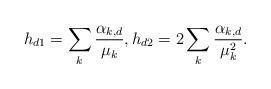
LaTeX: \begin{align*} h_{d1} = \sum_k \frac{\alpha_{k,d}}{\mu_k} , h_{d2} = 2\sum_k \frac{\alpha_{k,d}}{\mu_k^2}.\end{align*}